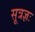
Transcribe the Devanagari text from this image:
सूत्रज्ञः